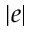
| e |